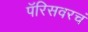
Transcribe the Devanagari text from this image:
पॅरिसवरचं